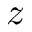
z